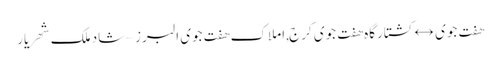
هفت جوی ↔ کشتارگاه هفت جوی کرج,املاک هفت جوی البرز – شاد ملک شهریار